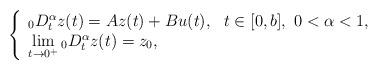
LaTeX: \begin{align*}\left\{\begin{array}{l}_0D^{\alpha}_tz(t)=Az(t)+Bu(t), ~~ t\in [0,b],~0<\alpha<1,\\ \lim\limits_{t\to 0^+} {}_0D^{\alpha}_t z(t)=z_0,\end{array}\right.\end{align*}